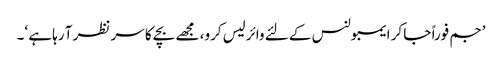
’جم فوراً جا کر ایمبولنس کے لئے وائرلیس کرو، مجھے بچے کا سر نظر آ رہا ہے ‘۔